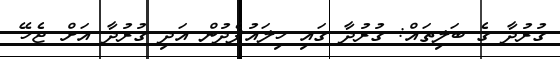
ގުރުދާ ގެ ބަލިތައް: ގުރުދާ ގައި ހިލައުފެދުން އަދި ގުރުދާ އަށް ޖެހޭ